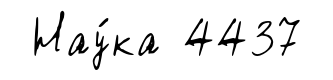
Нау́ка 4437